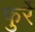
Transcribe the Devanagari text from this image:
फुर्रे